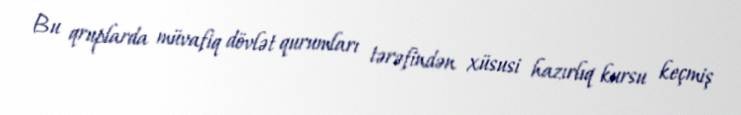
Bu qruplarda müvafiq dövlət qurumları tərəfindən xüsusi hazırlıq kursu keçmiş